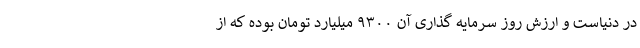
در دنیاست و ارزش روز سرمایه گذاری آن ۹۳۰۰ میلیارد تومان بوده که از